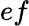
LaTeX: ef